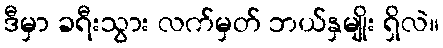
ဒီမှာ ခရီးသွား လက်မှတ် ဘယ်နှမျိုး ရှိလဲ။